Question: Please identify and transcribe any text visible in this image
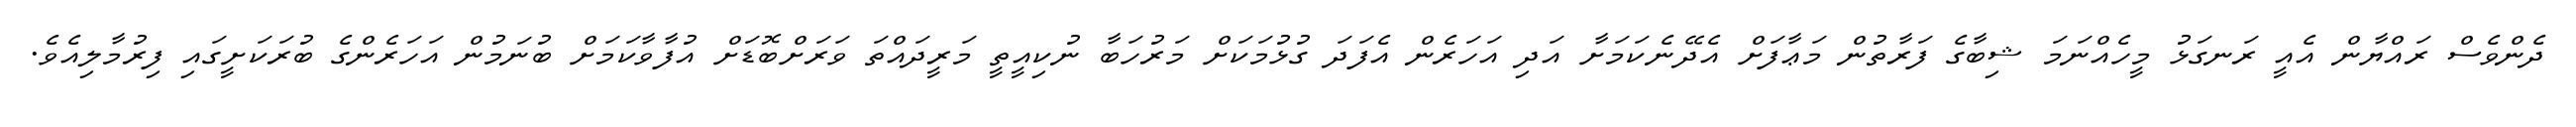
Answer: ދެންވެސް ރައްޔާން އެއީ ރަނގަޅު މީހެއްނަމަ ޝިބާގެ ފަރާތުން މަޢާފަށް އެދޭނެކަމަށާ އަދި އަހަރެން އެފަދަ ގުޅުމަކަށް މަރުހަބާ ނުކިއީތީ މަރީދައްތަ ވަރަށްބޮޑަށް އުފާވާކަމަށް ބުނަމުން އަހަރެންގެ ބުރަކަށީގައި ފިރުމާލިއެވެ.